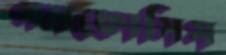
গমফোসিস